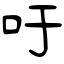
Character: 吁